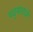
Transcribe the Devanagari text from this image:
पद्‌माराजे